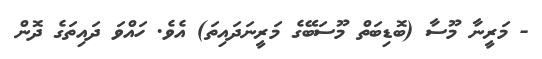
- މަރީނާ މޫސާ (ބޮޑިބަތް މޫސަބޭގެ މަރީނަދައިތަ) އެވެ. ހައްވަ ދައިތަގެ ދޮން